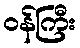
ဝန်ကြီး